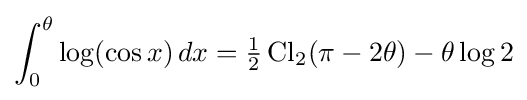
\int _{0}^{\theta }\log(\cos x)\,dx={\tfrac {1}{2}}\operatorname {Cl} _{2}(\pi -2\theta )-\theta \log 2